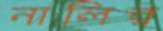
নালির